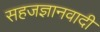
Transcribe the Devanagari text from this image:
सहजज्ञानवादी